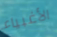
الأغبياء